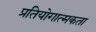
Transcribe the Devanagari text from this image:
प्रतियोगात्मकता